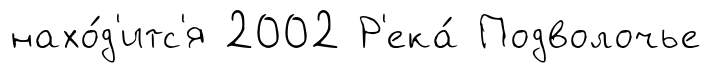
нахо́д'итс'я 2002 Р'ека́ Подволочье